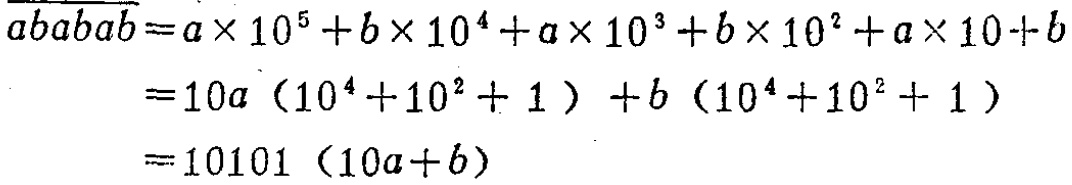
\[\begin{align*}

\overline{ababab}&=a\times 10^{5}+b\times 10^{4}+a\times 10^{3}+b\times 10^{2}+a\times 10 + b\\

&=10a(10^{4}+10^{2}+1)+b(10^{4}+10^{2}+1)\\

&=10101(10a + b)

\end{align*}\]